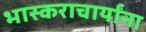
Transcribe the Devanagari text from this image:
भास्कराचार्यांना